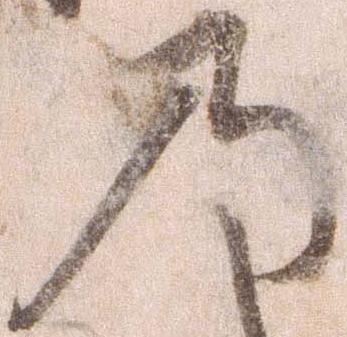
乃